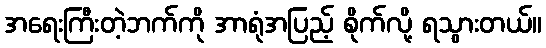
အရေးကြီးတဲ့ဘက်ကို အာရုံအပြည့် စိုက်လို့ ရသွားတယ်။